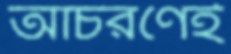
আচরণেই